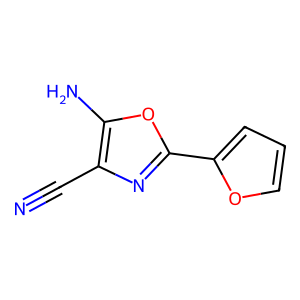
SMILES: N#Cc1nc(-c2ccco2)oc1N
Inhibits HIV replication: No